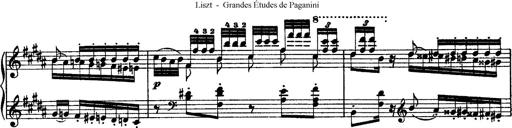
Title: Grandes Ã©tudes de Paganini
Composer: Franz Liszt